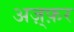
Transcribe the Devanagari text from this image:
अज़्फ़र